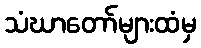
သံဃာတော်များထံမှ